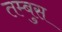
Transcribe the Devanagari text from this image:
तम्बुस